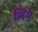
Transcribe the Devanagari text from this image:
लियेे